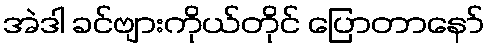
အဲဒါ ခင်ဗျားကိုယ်တိုင် ပြောတာနော်